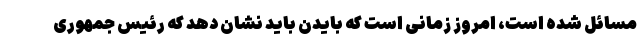
مسائل شده است، امروز زمانی است که بایدن باید نشان دهد که رئیس جمهوری